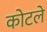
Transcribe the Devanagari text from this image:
कोटले